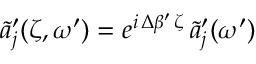
\tilde { a } _ { j } ^ { \prime } ( \zeta , \omega ^ { \prime } ) = e ^ { i \, \Delta \beta ^ { \prime } \, \zeta } \, \tilde { a } _ { j } ^ { \prime } ( \omega ^ { \prime } )